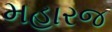
મહારજ